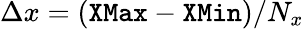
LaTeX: \Delta x=(\texttt{XMax}-\texttt{XMin})/N_{x}